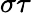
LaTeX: \sigma\tau